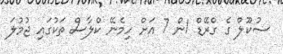
ސުކޫލް ގެ ގްރޭޑް 1ން 7 އަށް ހިމެނޭ ކްލާސް ތަކުގައި ޖުމުލަ